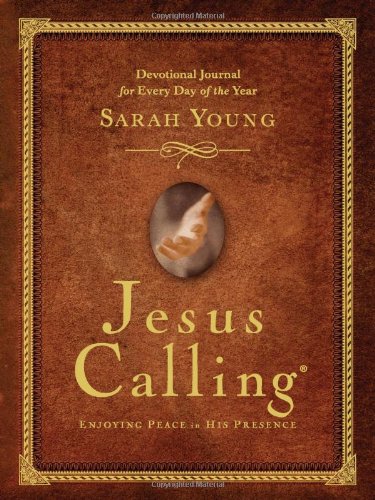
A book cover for Jesus Calling: Devotional Journal; Sarah Young; Christian Books & Bibles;